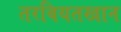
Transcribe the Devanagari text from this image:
तरबियतखान